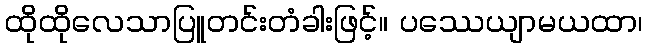
ထိုထိုလေသာပြူတင်းတံခါးဖြင့်။ ပဿေယျာမယထာ၊